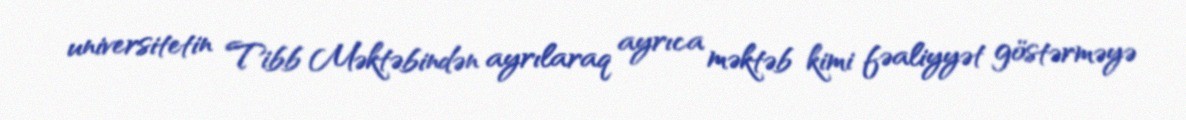
universitetin Tibb Məktəbindən ayrılaraq ayrıca məktəb kimi fəaliyyət göstərməyə